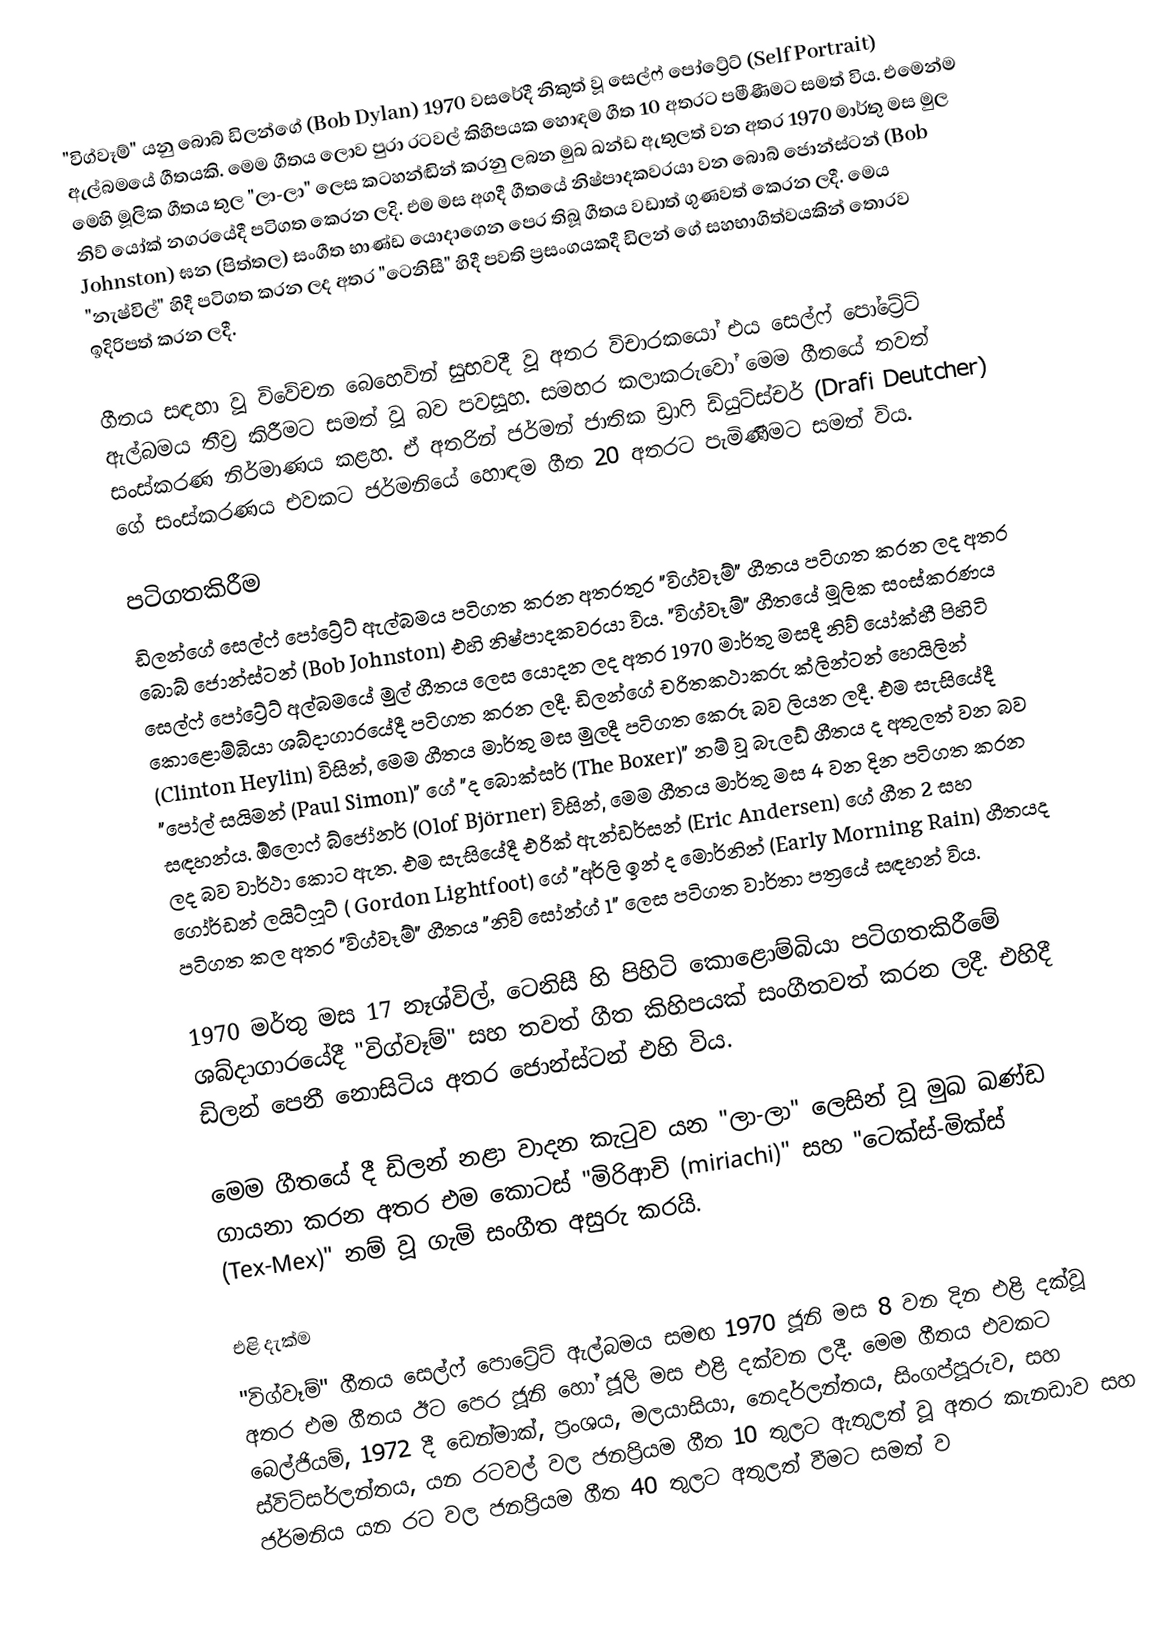
"විග්වෑම්" යනු බොබ් ඩිලන්ගේ (Bob Dylan) 1970 වසරේදී නිකුත් වූ සෙල්ෆ් පෝට්‍රේට් (Self Portrait) ඇල්බමයේ ගීතයකි. මෙම ගීතය ලොව පුරා රටවල් කිහිපයක හොඳම ගීත 10 අතරට පමීණීමට සමත් විය. එමෙන්ම මෙහි මූලික ගීතය තුල "ලා-ලා" ලෙස කටහන්ඬින් කරනු ලබන මුඛ ඛන්ඩ ඇතුලත් වන අතර 1970 මාර්තු මස මුල නිව් යෝක් නගරයේදී පටිගත කෙරන ලදි. එම මස අගදී ගීතයේ නිෂ්පාදකවරයා වන බොබ් ජොන්ස්ටන් (Bob Johnston) ඝන (පිත්තල) සංගීත භාණ්ඩ යොදාගෙන පෙර තිබූ ගීතය වඩාත් ගුණවත් කෙරන ලදී. මෙය "නැෂ්විල්" හිදී පටිගත කරන ලද අතර "ටෙනිසී" හිදී පවති ප්‍රසංගයකදී ඩිලන් ගේ සහභාගිත්වයකින් තොරව ඉදිරිපත් කරන ලදී.

ගීතය සඳහා වූ විවේචන බෙහෙවින් සුභවදී වූ අතර විචාරකයෝ එය සෙල්ෆ් පෝට්‍රේට් ඇල්බමය තීව්‍ර කිරීමට සමත් වූ බව පවසූහ. සමහර කලාකරුවෝ මෙම ගීතයේ තවත් සංස්කරණ නිර්මාණය කළහ. ඒ අතරින් ජර්මන් ජාතික ඩ්‍රා‍ෆි ඩ්යුට්ස්චර් (Drafi Deutcher) ගේ සංස්කරණය එවකට ජර්මනියේ හොඳම ගීත 20 අතරට පැමිණීමට සමත් විය.

පටිගතකිරීම
ඩිලන්ගේ සෙල්ෆ් පෝට්‍රේට් ඇල්බමය පටිගත කරන අතරතුර "විග්වෑම්" ගීතය පටිගත කරන ලද අතර බොබ් ජොන්ස්ටන් (Bob Johnston) එහි නිෂ්පාදකවරයා විය. "විග්වෑම්" ගීතයේ මූලික සංස්කරණය සෙල්ෆ් පෝට්‍රේට් අල්බමයේ මුල් ගීතය ලෙස යොදන ලද අතර 1970 මාර්තු මසදී නිව් යෝක්හී පිහිටි  කොළොම්බියා ශබ්දාගාරයේදී පටිගත කරන ලදී. ඩිලන්ගේ චරිතකථාකරු ක්ලින්ටන් හෙයිලින් (Clinton Heylin) විසින්, මෙම ගීතය මාර්තු මස මුලදී පටිගත කෙරූ බව ලියන ලදී. එම සැසියේදී "පෝල් සයිමන් (Paul Simon)" ගේ "ද බොක්සර් (The Boxer)" නම් වූ බැලඩ් ගීතය ද අතුලත් වන බව සඳහන්ය. ඕලොෆ් බ්ජෝනර් (Olof Björner) විසින්, මෙම ගීතය මාර්තු මස 4 වන දින පටිගත කරන ලද බව වාර්ථා කොට ඇත. එම සැසියේදී එරික් ඇන්ඩර්සන් (Eric Andersen) ගේ ගීත 2 සහ ගෝර්ඩන් ලයිට්ෆූට් ( Gordon Lightfoot) ගේ "අර්ලි ඉන් ද මොර්නින් (Early Morning Rain) ගීතයද පටිගත කල අතර "විග්වෑම්" ගීතය "නිව් සෝන්ග් 1" ලෙස පටිගත වාර්තා පත්‍රයේ සඳහන් විය.

1970 මර්තු මස 17 නෑශ්විල්, ටෙනිසී හි පිහිටි කොළොම්බියා පටිගතකිරීමේ ශබ්දාගාරයේදී "විග්වෑම්" සහ තවත් ගීත කිහිපයක් සංගීතවත් කරන ලදී. එහිදී ඩිලන් පෙනී නොසිටිය අතර ජොන්ස්ටන් එහි විය.

මෙම ගීතයේ දී ඩිලන් නළා වාදන කැ‍ටුව යන  "ලා-ලා" ලෙසින් වූ මුඛ ඛණ්ඩ ගායනා කරන අතර එම කොටස් "මිරිආචි (miriachi)" සහ "ටෙක්ස්-මික්ස් (Tex-Mex)" නම් වූ ගැමි සංගීත අසුරු කරයි.

එළි දැක්ම
"විග්වෑම්" ගීතය සෙල්ෆ් පොට්‍රේට් ඇල්බමය සමඟ 1970 ජූනි මස 8 වන දින එළි දක්වූ අතර එම ගීතය ඊට පෙර ජූනි හෝ ජූලි මස එළි දක්වන ලදී.  මෙම ගීතය එවකට බෙල්ජියම්, 1972 දී ඩෙන්මාක්, ප්‍රංශය, මලයාසියා, නෙදර්ලන්තය, සිංගප්පූරුව, සහ ස්විට්සර්ලන්තය, යන රටවල් වල  ජනප්‍රියම ගීත 10 තුලට ඇතුලත් වූ අතර කැනඩාව සහ ජර්මනිය යන රට වල ජනප්‍රියම ගීත 40 තුලට අතුලත් වීමට සමත් ව